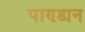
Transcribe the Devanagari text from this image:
पाण्ड्यन